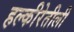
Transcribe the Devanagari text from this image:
हल्‍कीरेतीली